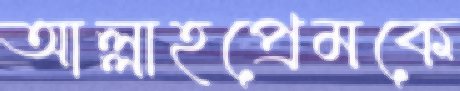
আল্লাহপ্রেমকে